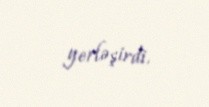
yerləşirdi.